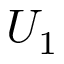
U _ { 1 }